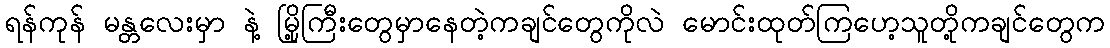
ရန်ကုန် မန္တလေးမှာ နဲ့ မြို့ကြီးတွေမှာနေတဲ့ကချင်တွေကိုလဲ မောင်းထုတ်ကြဟေ့သူတို့ကချင်တွေက